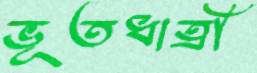
ভূতধাত্রী